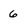
Character: 6